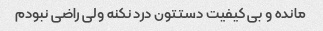
مانده و بی کیفیت دستتون درد نکنه ولی راضی نبودم